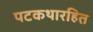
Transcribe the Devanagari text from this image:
पटकथारहित